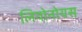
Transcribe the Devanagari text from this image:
लियोनोयस